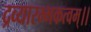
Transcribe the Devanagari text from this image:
द्रव्यारम्भकत्वम्।।